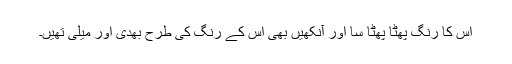
اس کا رنگ پھٹا پھٹا سا اور آنکھیں بھی اس کے رنگ کی طرح بھدی اور میلی تھیں۔